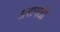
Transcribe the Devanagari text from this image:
प्ररागती